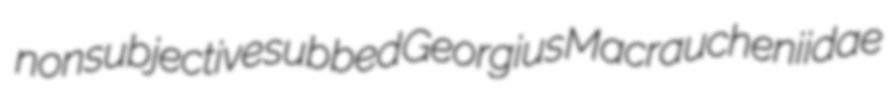
nonsubjective subbed Georgius Macraucheniidae